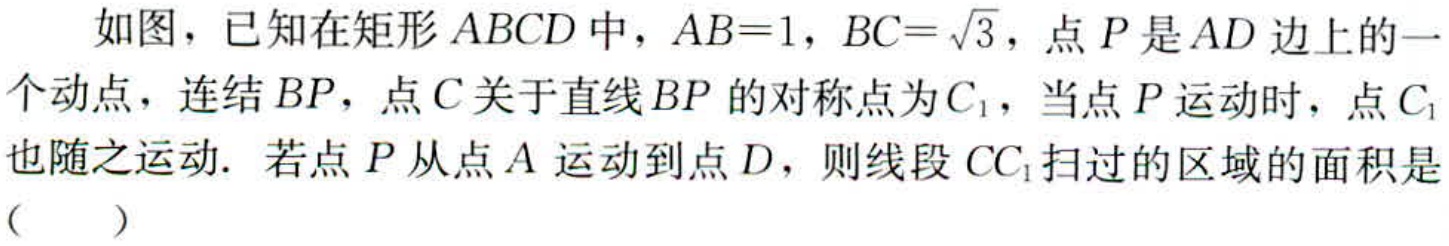
如图，已知在矩形\(ABCD\)中，\(AB = 1\)，\(BC=\sqrt{3}\)，点\(P\)是\(AD\)边上的一个动点，连结\(BP\)，点\(C\)关于直线\(BP\)的对称点为\(C_{1}\)，当点\(P\)运动时，点\(C_{1}\)也随之运动. 若点\(P\)从点\(A\)运动到点\(D\)，则线段\(CC_{1}\)扫过的区域的面积是（  ）